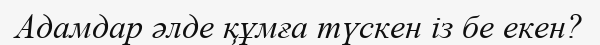
Адамдар әлде құмға түскен із бе екен?